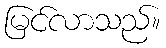
မြင်လာသည်။